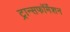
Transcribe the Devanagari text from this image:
ट्रान्सफॉर्मेशन